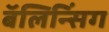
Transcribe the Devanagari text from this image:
बॅलिन्सिंग